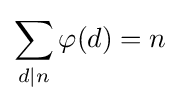
\sum _{d\mid n}\varphi (d)=n